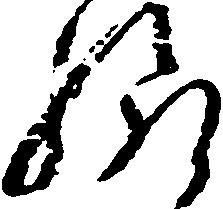
給